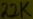
Text: 22k